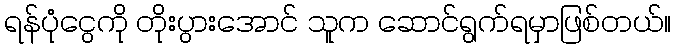
ရန်ပုံငွေကို တိုးပွားအောင် သူက ဆောင်ရွက်ရမှာဖြစ်တယ်။